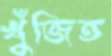
খুঁজিত